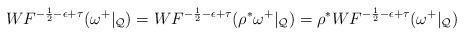
LaTeX: \begin{align*}WF^{-\frac12-\epsilon+\tau}(\omega^{+}|_{\cal{Q}})=WF^{-\frac12-\epsilon+\tau}(\rho^*\omega^{+}|_{\cal{Q}})=\rho^*WF^{-\frac12-\epsilon+\tau}(\omega^{+}|_{\cal{Q}})\end{align*}